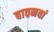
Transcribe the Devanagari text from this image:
बावनवां